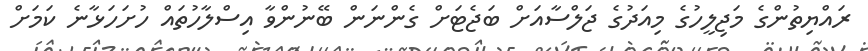
ރައްޔިތުންގެ މަޖިލީހުގެ މިއަދުގެ ޖަލްސާއަށް ބަޖެޓަށް ގެންނަން ބޭނުންވާ އިސްލާހުތައް ހުށަހަޅާނެ ކަމަށް